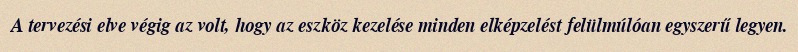
A tervezési elve végig az volt, hogy az eszköz kezelése minden elképzelést felülmúlóan egyszerű legyen.